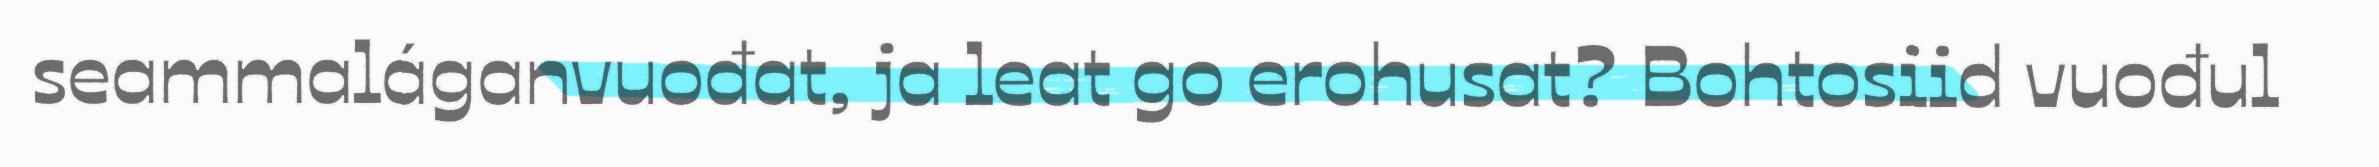
seammaláganvuođat, ja leat go erohusat? Bohtosiid vuođul